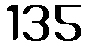
135